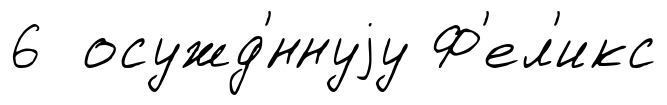
6 осужд'́ннуjу Ф'ел'икс